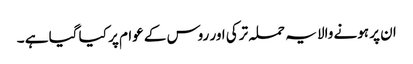
ان پر ہونے والا یہ حملہ ترکی اور روس کے عوام پر کیا گیا ہے ۔